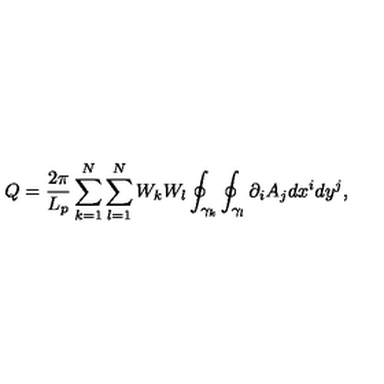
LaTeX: Q = \frac { 2 \pi } { L _ { p } } \sum _ { k = 1 } ^ { N } \sum _ { l = 1 } ^ { N } W _ { k } W _ { l } \oint _ { \gamma _ { k } } \oint _ { \gamma _ { l } } \partial _ { i } A _ { j } d x ^ { i } d y ^ { j } ,